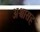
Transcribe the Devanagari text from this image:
अश्वासह